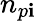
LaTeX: n_{p\mathbf{i}}